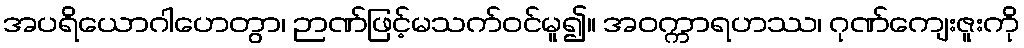
အပရိယောဂါဟေတွာ၊ ဉာဏ်ဖြင့်မသက်ဝင်မူ၍။ အဝက္ကာရဟဿ၊ ဂုဏ်ကျေးဇူးကို